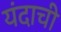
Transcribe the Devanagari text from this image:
यंदाची